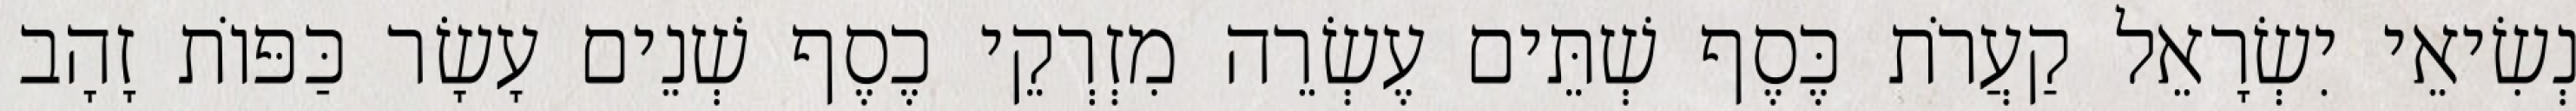
נְשִׂיאֵי יִשְׂרָאֵל קַעֲרֹת כֶּסֶף שְׁתֵּים עֶשְׂרֵה מִזְרְקֵי כֶסֶף שְׁנֵים עָשָׂר כַּפּוֹת זָהָב